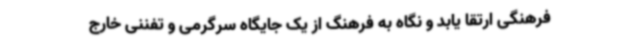
فرهنگی ارتقا یابد و نگاه به فرهنگ از یک جایگاه سرگرمی و تفننی خارج